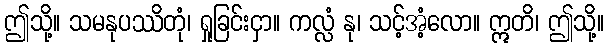
ဤသို့။ သမနုပဿိတုံ၊ ရှုခြင်းငှာ။ ကလ္လံ နု၊ သင့်အံ့လော။ ဣတိ၊ ဤသို့။